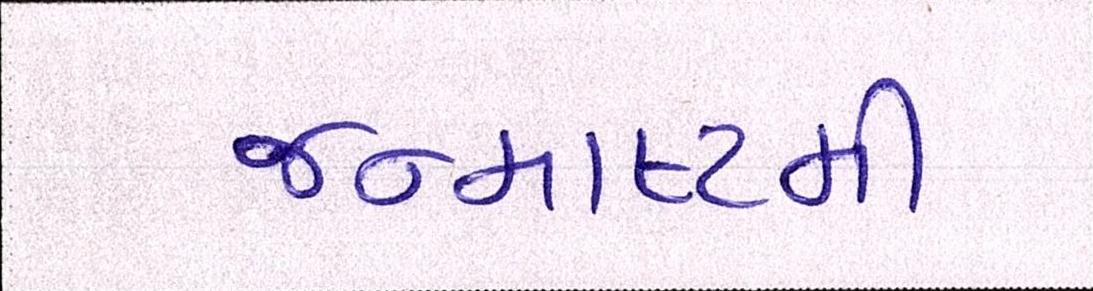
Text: જન્માષ્ટમી